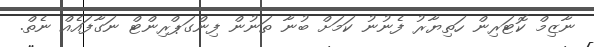
ނާޒިމް ކޮޓަރިން ހަތިޔާރު ފެނުނު ކަމަށް ބުނާ ތަނުން ފިންގަޕްރިންޓް ނަގާފައެއް ނެތް.